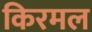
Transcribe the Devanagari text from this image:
किरमल